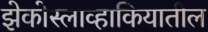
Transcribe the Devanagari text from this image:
झेकोस्लाव्हाकियातील